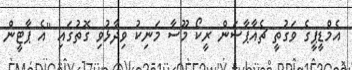
އެމްޑީޕީގެ ވަގުތީ ޗެއާޕާސަން ރީކޯ މޫސާ މަނިކު ވިދާޅުވި ގޮތުގައި "އެ ޕާޓީން